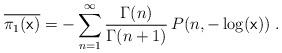
LaTeX: \begin{align*}\overline{\pi_1( \mathrm{\mathsf{x}})}=-\sum_{n=1}^\infty\frac{\Gamma(n)}{\Gamma(n+1)}\,P(n,-\log( \mathrm{\mathsf{x}}))\;.\end{align*}